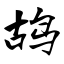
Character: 鸪